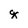
Character: g